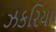
ઝકરિયા